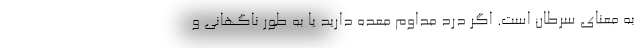
به معنای سرطان است. اگر درد مداوم معده دارید یا به طور ناگهانی و